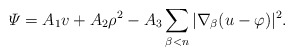
\begin{align*} \varPsi = A_1 v + A_2 \rho^2 - A_3 \sum_{\beta < n} |\nabla_{\beta} (u - \varphi)|^2. \end{align*}